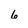
Character: 6